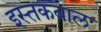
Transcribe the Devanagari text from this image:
इस्तकबाल